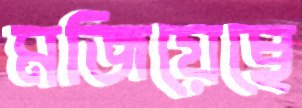
মজিয়েছে